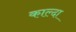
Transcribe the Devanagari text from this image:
काल्दा